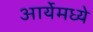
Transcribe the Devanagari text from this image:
आर्येमध्ये